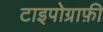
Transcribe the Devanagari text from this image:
टाइपोग्राफ़ी